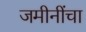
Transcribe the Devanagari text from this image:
जमीनींचा